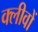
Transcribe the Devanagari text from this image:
क्लीवों